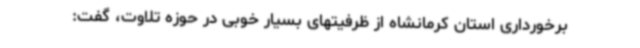
برخورداری استان کرمانشاه از ظرفیتهای بسیار خوبی در حوزه تلاوت، گفت: